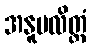
အနူပလိတ္တံ